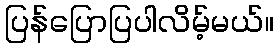
ပြန်ပြောပြပါလိမ့်မယ်။